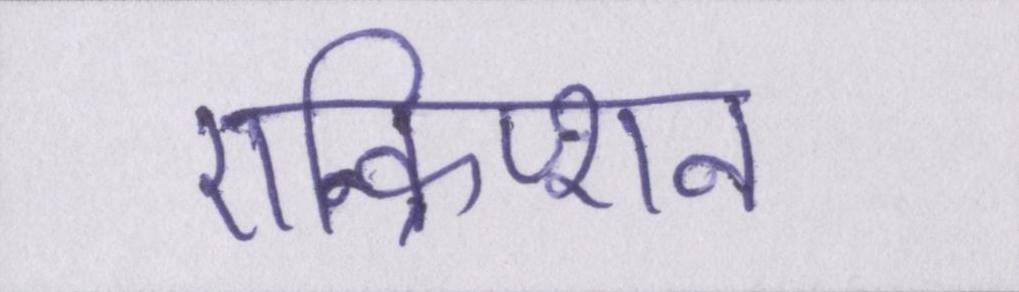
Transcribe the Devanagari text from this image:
एन्क्रिप्शन